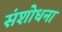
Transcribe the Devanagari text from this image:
संशोधना